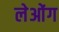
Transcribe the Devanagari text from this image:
लेओंग